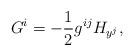
LaTeX: \begin{align*}G^i = -\frac{1}{2}g^{ij}H_{y^j},\end{align*}